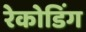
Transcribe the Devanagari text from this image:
रेकोडिंग